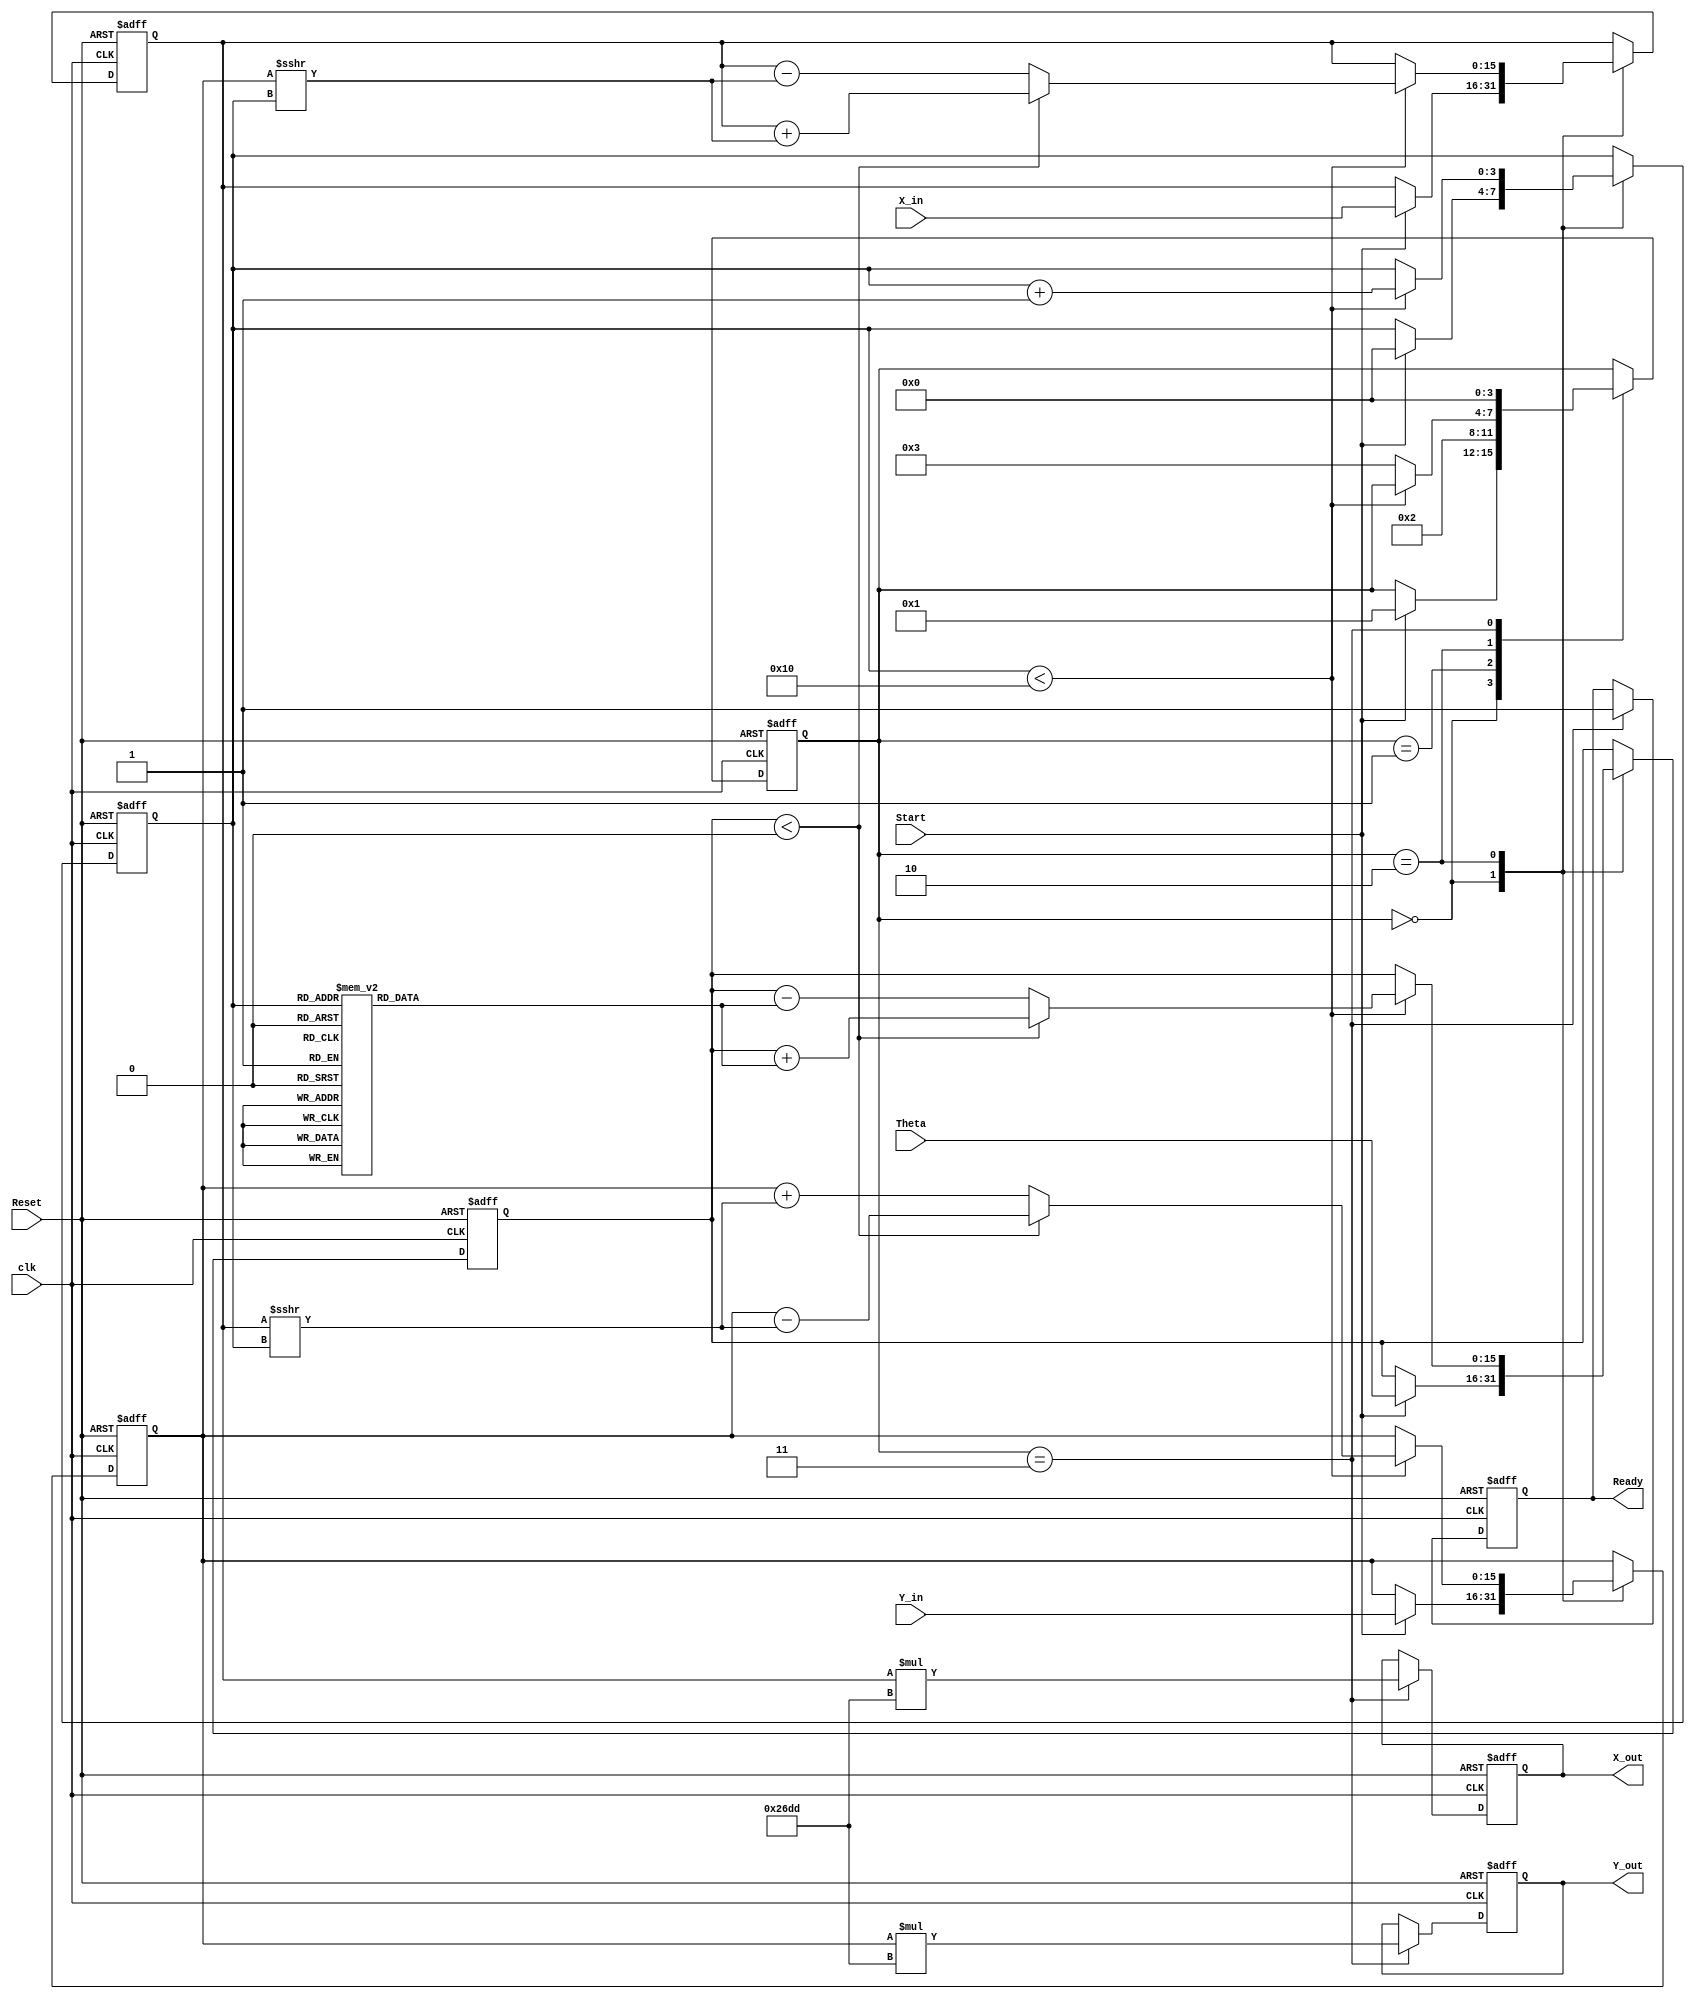
module CORDIC_2D (
    input wire signed [15:0] X_in,      // Input x-coordinate
    input wire signed [15:0] Y_in,      // Input y-coordinate
    input wire signed [15:0] Theta,      // Angle of rotation
    input wire Start,                    // Start signal
    input wire Reset,                    // Asynchronous reset
    input wire clk,                      // Clock signal
    output reg signed [15:0] X_out,      // Output x-coordinate
    output reg signed [15:0] Y_out,      // Output y-coordinate
    output reg Ready                     // Output valid signal
);

    // Parameters
    parameter MAX_ITERATIONS = 16;      // Maximum number of iterations
    parameter [15:0] K = 16'h26DD;       // Scaling factor (K = 1/sqrt(1 + 2^(-2n)))

    // Internal registers
    reg signed [15:0] X_reg, Y_reg;
    reg signed [15:0] Theta_reg;
    reg [3:0] Iteration_count;
    reg [3:0] state;

    // CORDIC angle table (arctan(2^-i) for i = 0 to MAX_ITERATIONS-1)
    reg signed [15:0] angle_table [0:MAX_ITERATIONS-1];

    initial begin
        // Initialize angle table with arctan values (fixed-point representation)
        angle_table[0] = 16'h2000; // atan(1) = 45 degrees
        angle_table[1] = 16'h1333; // atan(0.5) = 26.565 degrees
        angle_table[2] = 16'h0A3D; // atan(0.25) = 14.036 degrees
        angle_table[3] = 16'h0519; // atan(0.125) = 7.125 degrees
        // Continue filling the angle table as needed...
    end

    // State machine states
    localparam IDLE = 0, INIT = 1, ITERATE = 2, DONE = 3;

    // Sequential logic
    always @(posedge clk or posedge Reset) begin
        if (Reset) begin
            // Reset all registers and output
            X_reg <= 0;
            Y_reg <= 0;
            Theta_reg <= 0;
            Iteration_count <= 0;
            state <= IDLE;
            Ready <= 0;
            X_out <= 0;
            Y_out <= 0;
        end else begin
            case (state)
                IDLE: begin
                    if (Start) begin
                        // Load inputs and initialize
                        X_reg <= X_in;
                        Y_reg <= Y_in;
                        Theta_reg <= Theta;
                        Iteration_count <= 0;
                        state <= INIT;
                    end
                end

                INIT: begin
                    // Start iterations
                    state <= ITERATE;
                end

                ITERATE: begin
                    if (Iteration_count < MAX_ITERATIONS) begin
                        // Perform CORDIC rotation
                        if (Theta_reg < 0) begin
                            // Counter-clockwise rotation
                            X_reg <= X_reg + (Y_reg >>> Iteration_count);
                            Y_reg <= Y_reg - (X_reg >>> Iteration_count);
                            Theta_reg <= Theta_reg + angle_table[Iteration_count];
                        end else begin
                            // Clockwise rotation
                            X_reg <= X_reg - (Y_reg >>> Iteration_count);
                            Y_reg <= Y_reg + (X_reg >>> Iteration_count);
                            Theta_reg <= Theta_reg - angle_table[Iteration_count];
                        end
                        Iteration_count <= Iteration_count + 1;
                    end else begin
                        // Finished iterations
                        state <= DONE;
                    end
                end

                DONE: begin
                    // Output results
                    X_out <= X_reg * K; // Apply scaling
                    Y_out <= Y_reg * K; // Apply scaling
                    Ready <= 1; // Indicate output is valid
                    state <= IDLE; // Go back to IDLE
                end
            endcase
        end
    end
endmodule